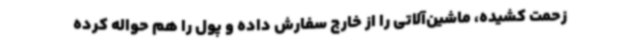
زحمت کشیده، ماشین‌آلاتی را از خارج سفارش داده و پول را هم حواله کرده